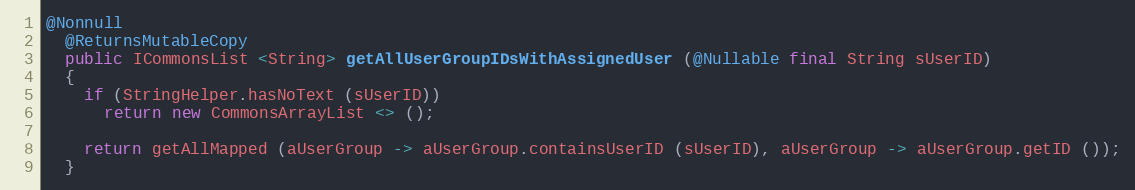
Language: Java
@Nonnull
  @ReturnsMutableCopy
  public ICommonsList <String> getAllUserGroupIDsWithAssignedUser (@Nullable final String sUserID)
  {
    if (StringHelper.hasNoText (sUserID))
      return new CommonsArrayList <> ();

    return getAllMapped (aUserGroup -> aUserGroup.containsUserID (sUserID), aUserGroup -> aUserGroup.getID ());
  }